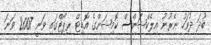
ބުދަ ދުވަހު ނެރުނު އިލެކްޝަންސް ކޮމިޝަންގެ އޮޑިޓް ރިޕޯޓްގައި ވަނީ 2007 ވަނަ